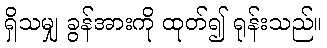
ရှိသမျှ ခွန်အားကို ထုတ်၍ ရုန်းသည်။